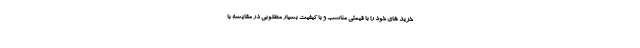
خرید های خود را با قیمتی مناسب و با کیفیت بسیار مطلوبی در مقایسه با